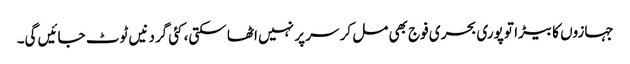
جہازوں کا بیڑا تو پوری بحری فوج بھی مل کر سر پر نہیں اٹھا سکتی، کئی گردنیں ٹوٹ جائیں گی۔